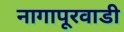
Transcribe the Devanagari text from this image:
नागापूरवाडी